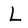
Character: L